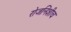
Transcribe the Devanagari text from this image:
रोजनिशीच